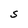
Character: S